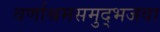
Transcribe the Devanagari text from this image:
वर्णाश्रमसमुद्भजवा